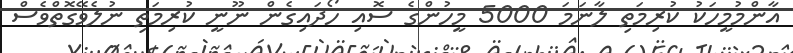
އާންމުމީހަކު ކުރިމަތި ލާނަމަ 5000 މީހުންގެ ސޮއި ހޯދައިގެން ނޫނީ ކުރިމަތި ނުލެވޭގޮތްވެސް